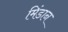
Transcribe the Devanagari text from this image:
मिंडान